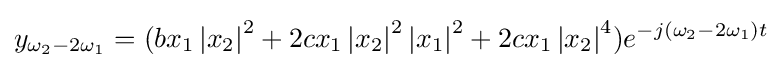
y_{\omega _{2}-2{\omega }_{1}}=(bx_{1}\left\vert {x_{2}}\right\vert ^{2}+2cx_{1}\left\vert {x_{2}}\right\vert ^{2}\left\vert {x_{1}}\right\vert ^{2}+2cx_{1}\left\vert {x_{2}}\right\vert ^{4})e^{-j(\omega _{2}-2{\omega }_{1})t}